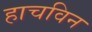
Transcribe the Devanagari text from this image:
हाचविन